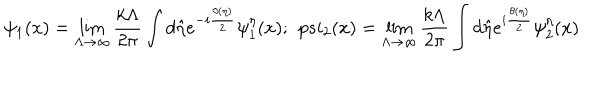
\psi _ { 1 } ( x ) = \lim _ { \Lambda \rightarrow \infty } \frac { k \Lambda } { 2 \pi } \int d \hat { \eta } e ^ { - i \frac { \theta ( \eta ) } { 2 } } \psi _ { 1 } ^ { \eta } ( x ) ; \ \, p s i _ { 2 } ( x ) = \lim _ { \Lambda \rightarrow \infty } \frac { k \Lambda } { 2 \pi } \int d \hat { \eta } e ^ { i \frac { \theta ( \eta ) } { 2 } } \psi _ { 2 } ^ { \eta } ( x )